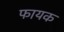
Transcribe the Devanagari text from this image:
फायक